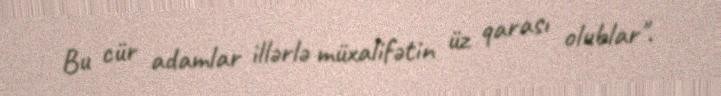
Bu cür adamlar illərlə müxalifətin üz qarası olublar".